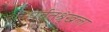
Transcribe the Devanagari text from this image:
पर्वतश्रृंखला